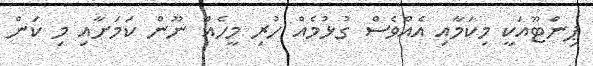
ޕިންޓޫއަކީ މިކަމާއި އެއްވެސް ގުޅުމެއް ހުރި މީހެއް ނޫން ކަމަށާއި މި ކަން